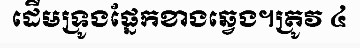
ដើមទ្រូងផ្នែកខាងឆ្វេង។ត្រូវ ៤